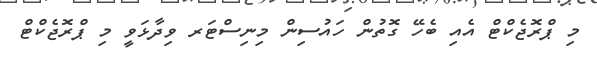
މި ޕްރޮޖެކްޓް އެއި ބެހޭ ގޮތުން ހައުސިން މިނިސްޓަރ ވިދާޅަވީ މި ޕްރޮޖެކްޓް